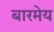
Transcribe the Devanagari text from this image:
बारमेय